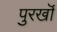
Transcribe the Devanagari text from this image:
पुरखॊं